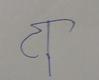
Signature authenticity: forged